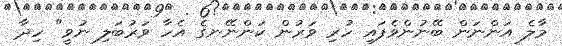
މާލެ އަންނަން ބޭނުންވެފައި ހުރި ވަރުން ކަންނޭނގެ އެހާ ވަރުބަލި ނުވީ" ހިދާ